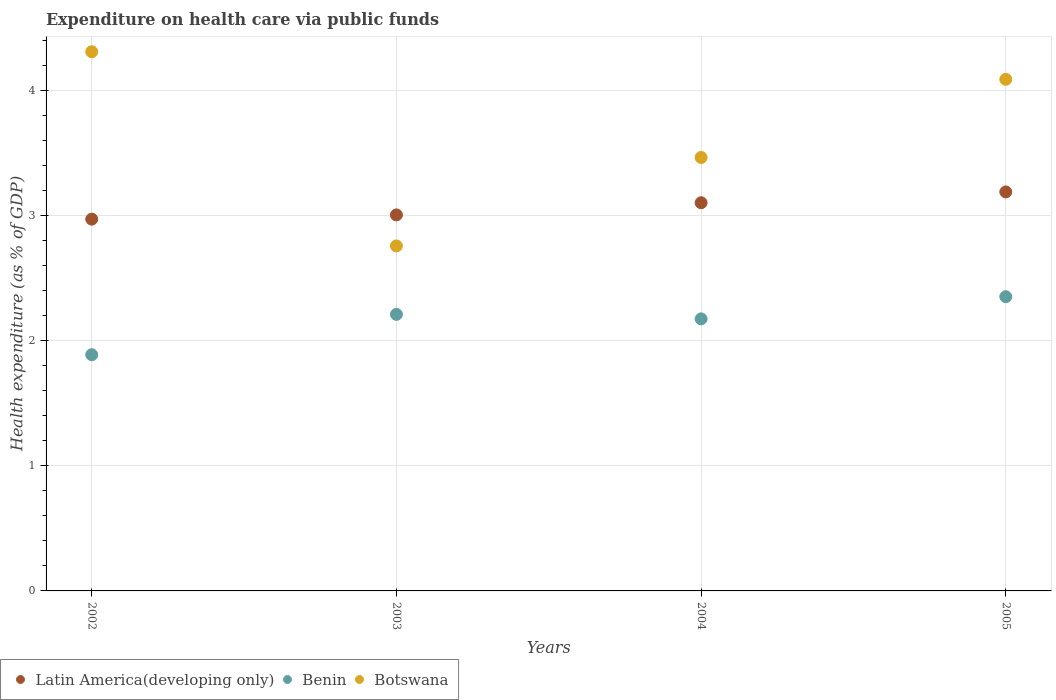
| Years | Latin America(developing only) | Benin | Botswana |
 | --- | --- | --- | --- |
 | 2002 | 2.97 | 1.89 | 4.31 |
 | 2003 | 3.01 | 2.21 | 2.76 |
 | 2004 | 3.1 | 2.18 | 3.47 |
 | 2005 | 3.19 | 2.35 | 4.09 |